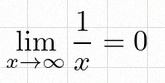
\lim_{x\to\infty}\frac{1}{x}=0